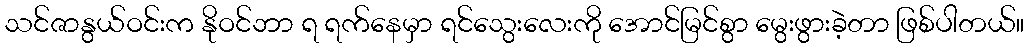
သင်ဇာနွယ်ဝင်းက နိုဝင်ဘာ ရ ရက်နေမှာ ရင်သွေးလေးကို အောင်မြင်စွာ မွေးဖွားခဲ့တာ ဖြစ်ပါတယ်။